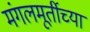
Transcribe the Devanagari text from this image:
मंगलमूर्तीच्या